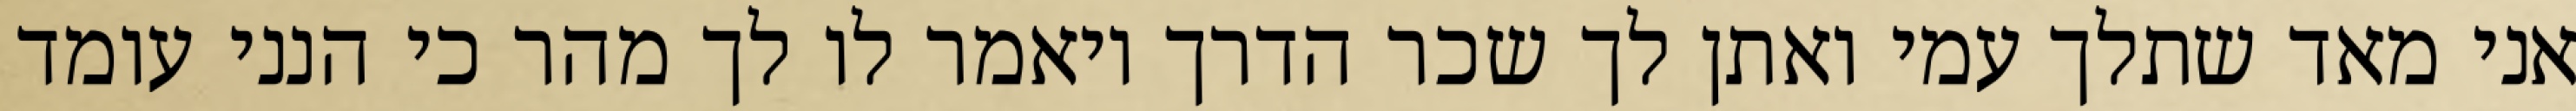
אני מאד שתלך עמי ואתן לך שכר הדרך ויאמר לו לך מהר כי הנני עומד